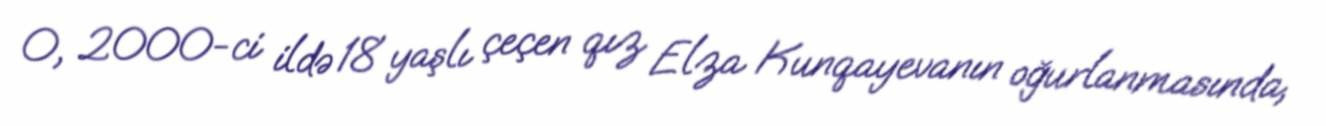
O, 2000-ci ildə 18 yaşlı çeçen qız Elza Kunqayevanın oğurlanmasında,